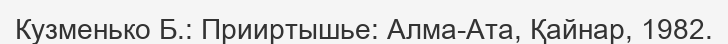
Кузменько Б.: Прииртышье: Алма-Ата, Қайнар, 1982.